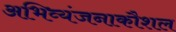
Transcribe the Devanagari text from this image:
अभिव्यंजनाकौशल